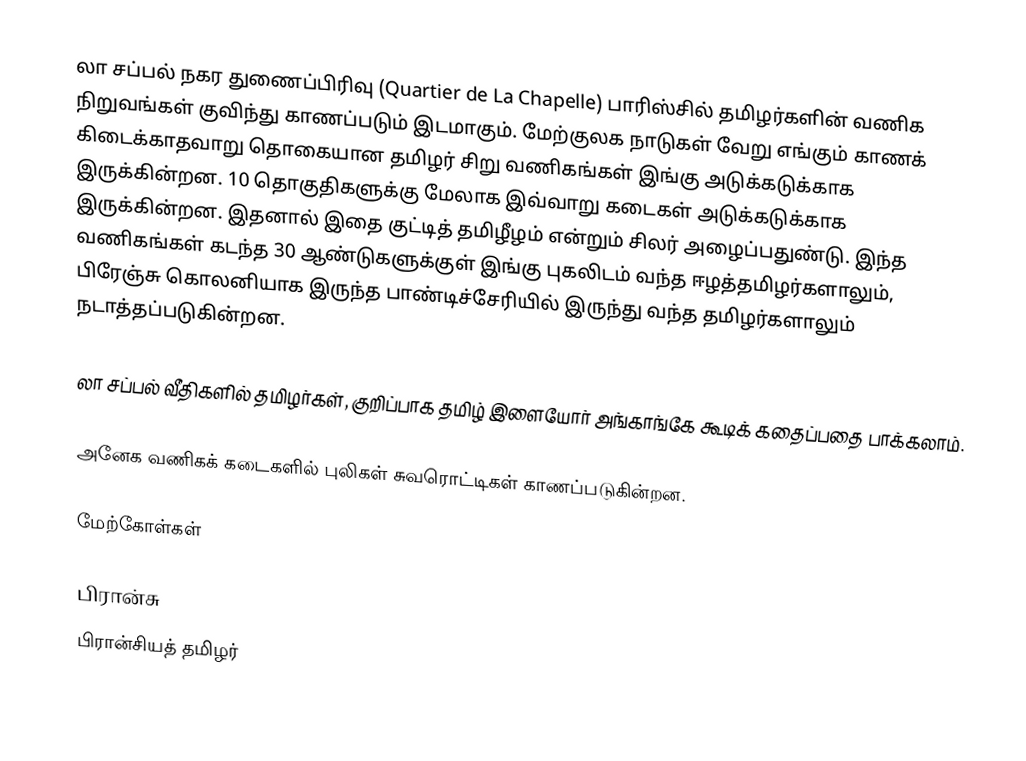
லா சப்பல் நகர துணைப்பிரிவு (Quartier de La Chapelle) பாரிஸ்சில் தமிழர்களின் வணிக நிறுவங்கள் குவிந்து காணப்படும் இடமாகும். மேற்குலக நாடுகள் வேறு எங்கும் காணக் கிடைக்காதவாறு தொகையான தமிழர் சிறு வணிகங்கள் இங்கு அடுக்கடுக்காக இருக்கின்றன. 10 தொகுதிகளுக்கு மேலாக இவ்வாறு கடைகள் அடுக்கடுக்காக இருக்கின்றன. இதனால் இதை குட்டித் தமிழீழம் என்றும் சிலர் அழைப்பதுண்டு. இந்த வணிகங்கள் கடந்த 30 ஆண்டுகளுக்குள் இங்கு புகலிடம் வந்த ஈழத்தமிழர்களாலும், பிரேஞ்சு கொலனியாக இருந்த பாண்டிச்சேரியில் இருந்து வந்த தமிழர்களாலும் நடாத்தப்படுகின்றன.

லா சப்பல் வீதிகளில் தமிழர்கள், குறிப்பாக தமிழ் இளையோர் அங்காங்கே கூடிக் கதைப்பதை பாக்கலாம்.

அனேக வணிகக் கடைகளில் புலிகள் சுவரொட்டிகள் காணப்படுகின்றன.

மேற்கோள்கள்

பிரான்சு
பிரான்சியத் தமிழர்